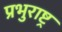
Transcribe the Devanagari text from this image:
प्रभुराष्ट्र